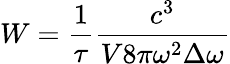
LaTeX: W=\frac{1}{\tau}\frac{c^{3}}{V8\pi\omega^{2}\Delta\omega}